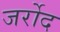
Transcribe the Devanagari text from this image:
जर्रोद